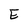
Character: E